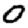
Digit: 0